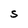
Character: S